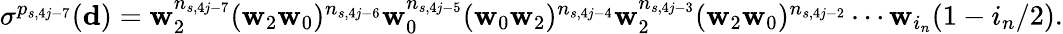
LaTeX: \begin{array}{r}{\sigma^{p_{s,4j-7}}(\mathbf d)=\mathbf w_{2}^{n_{s,4j-7}}(\mathbf w_{2}\mathbf w_{0})^{n_{s,4j-6}}\mathbf w_{0}^{n_{s,4j-5}}(\mathbf w_{0}\mathbf w_{2})^{n_{s,4j-4}}\mathbf w_{2}^{n_{s,4j-3}}(\mathbf w_{2}\mathbf w_{0})^{n_{s,4j-2}}\cdots\mathbf w_{i_{n}}(1-i_{n}/2).}\end{array}